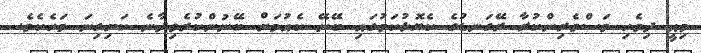
މިއީ ދިވެހި މަސްވެރިންކުރާ ރޭގަނޑުގެ ކެޔޮޅުކަމުގައި ބޭނޭ ކެއުމަށް ބޭނުންކުރެވިދާނެ ކަށިގިނަ މަހެކެވެ.